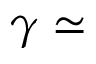
\gamma \simeq